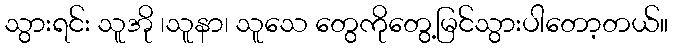
သွားရင်း သူအို ၊သူနာ၊ သူသေ တွေကိုတွေ့မြင်သွားပါတော့တယ်။